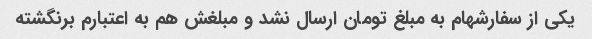
یکی از سفارشهام به مبلغ تومان ارسال نشد و مبلغش هم به اعتبارم برنگشته